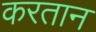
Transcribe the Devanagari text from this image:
करतान